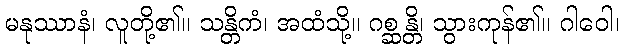
မနုဿာနံ၊ လူတို့၏။ သန္တိကံ၊ အထံသို့။ ဂစ္ဆန္တိ၊ သွားကုန်၏။ ဂါဝေါ၊